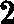
2